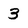
Character: 3